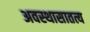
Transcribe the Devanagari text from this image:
अवस्थासातत्य